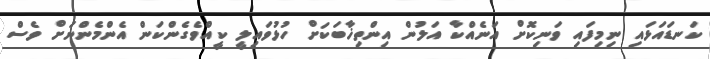
ކަނޑައަޅައި ނިމިފައި ވަނިކޮށް އަނެއްކާ އަލުން އިންތިޚާބަކަށް ހުޅުވައިލީ ކީއްވެގެންކަން އެންމެންނަށް ވެސް